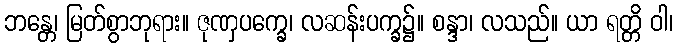
ဘန္တေ၊ မြတ်စွာဘုရား။ ဇုဏှပက္ခေ၊ လဆန်းပက္ခ၌။ စန္ဒာ၊ လသည်။ ယာ ရတ္တိ ဝါ၊